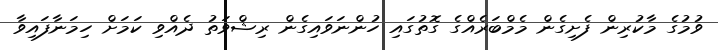
ވުމުގެ މާކުރިން ފެށިގެން މެމްބަރެއްގެ ގޮތުގައި ހުންނަވައިގެން ރިޝްވަތު ދެއްވި ކަމަށް ހިމަނާފައިވާ